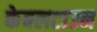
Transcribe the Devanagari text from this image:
केबलटाउन